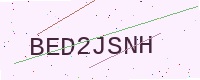
Text: BED2JSNH